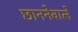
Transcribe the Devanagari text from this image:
छाननेवाले